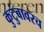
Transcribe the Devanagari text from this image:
कुटुंबावरच